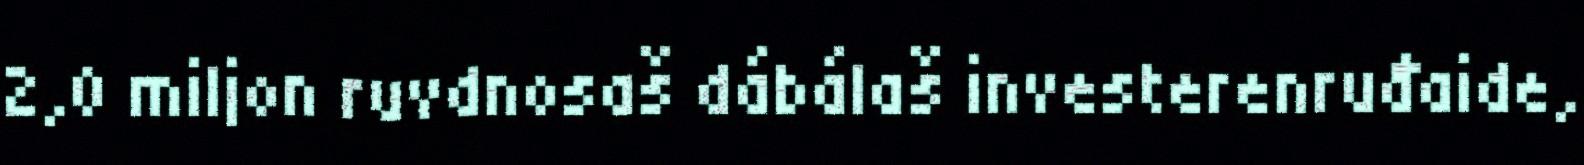
2,0 miljon ruvdnosaš dábálaš investerenruđaide,